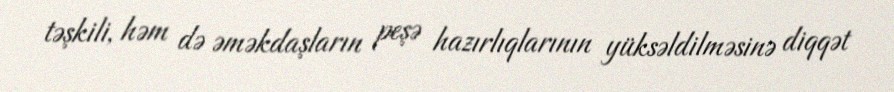
təşkili, həm də əməkdaşların peşə hazırlıqlarının yüksəldilməsinə diqqət